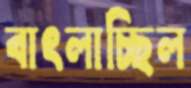
বাৎলাচ্ছিল